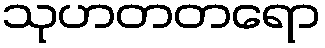
သုဟတတရော